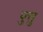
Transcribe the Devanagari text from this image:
पुत्तु